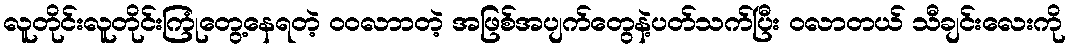
လူတိုင်းလူတိုင်းကြုံတွေ့နေရတဲ့ ဝဝလာာတဲ့ အဖြစ်အပျက်တွေနဲ့ပတ်သက်ပြီး ဝလာတယ် သီချင်းလေးကို